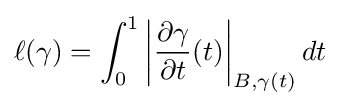
\ell (\gamma )=\int _{0}^{1}\left\vert {\frac {\partial \gamma }{\partial t}}(t)\right\vert _{B,\gamma (t)}dt